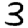
Digit: 3